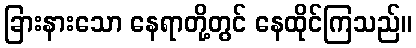
ခြားနားသော နေရာတို့တွင် နေထိုင်ကြသည်။